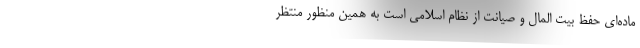
ماده‌ای حفظ بیت المال و صیانت از نظام اسلامی است به همین منظور منتظر